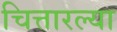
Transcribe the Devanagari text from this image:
चित्तारल्या